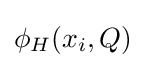
\phi _{H}(x_{i},Q)